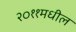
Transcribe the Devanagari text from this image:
२०११मधील